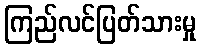
ကြည်လင်ပြတ်သားမှု